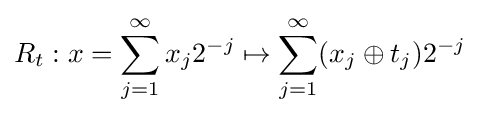
R_{t}:x=\sum _{j=1}^{\infty }x_{j}2^{-j}\mapsto \sum _{j=1}^{\infty }(x_{j}\oplus t_{j})2^{-j}